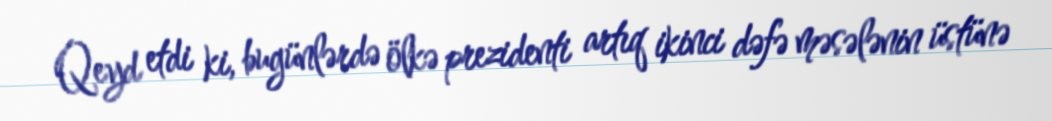
Qeyd etdi ki, bugünlərdə ölkə prezidenti artıq ikinci dəfə məsələnin üstünə